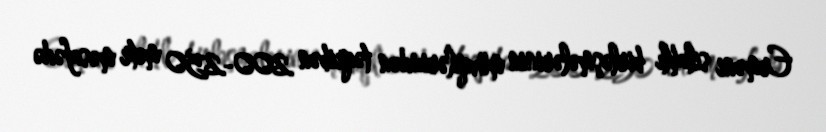
Erməni silahlı birləşmələrinin mövqelərindən təqribən 200-250 metr məsafədə